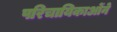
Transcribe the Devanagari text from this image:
परिचायिकाओंने